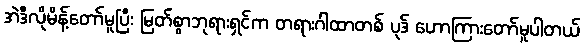
အဲဒီလိုမိန့်တော်မူပြီး မြတ်စွာဘုရားရှင်က တရားဂါထာတစ် ပုဒ် ဟောကြားတော်မူပါတယ်